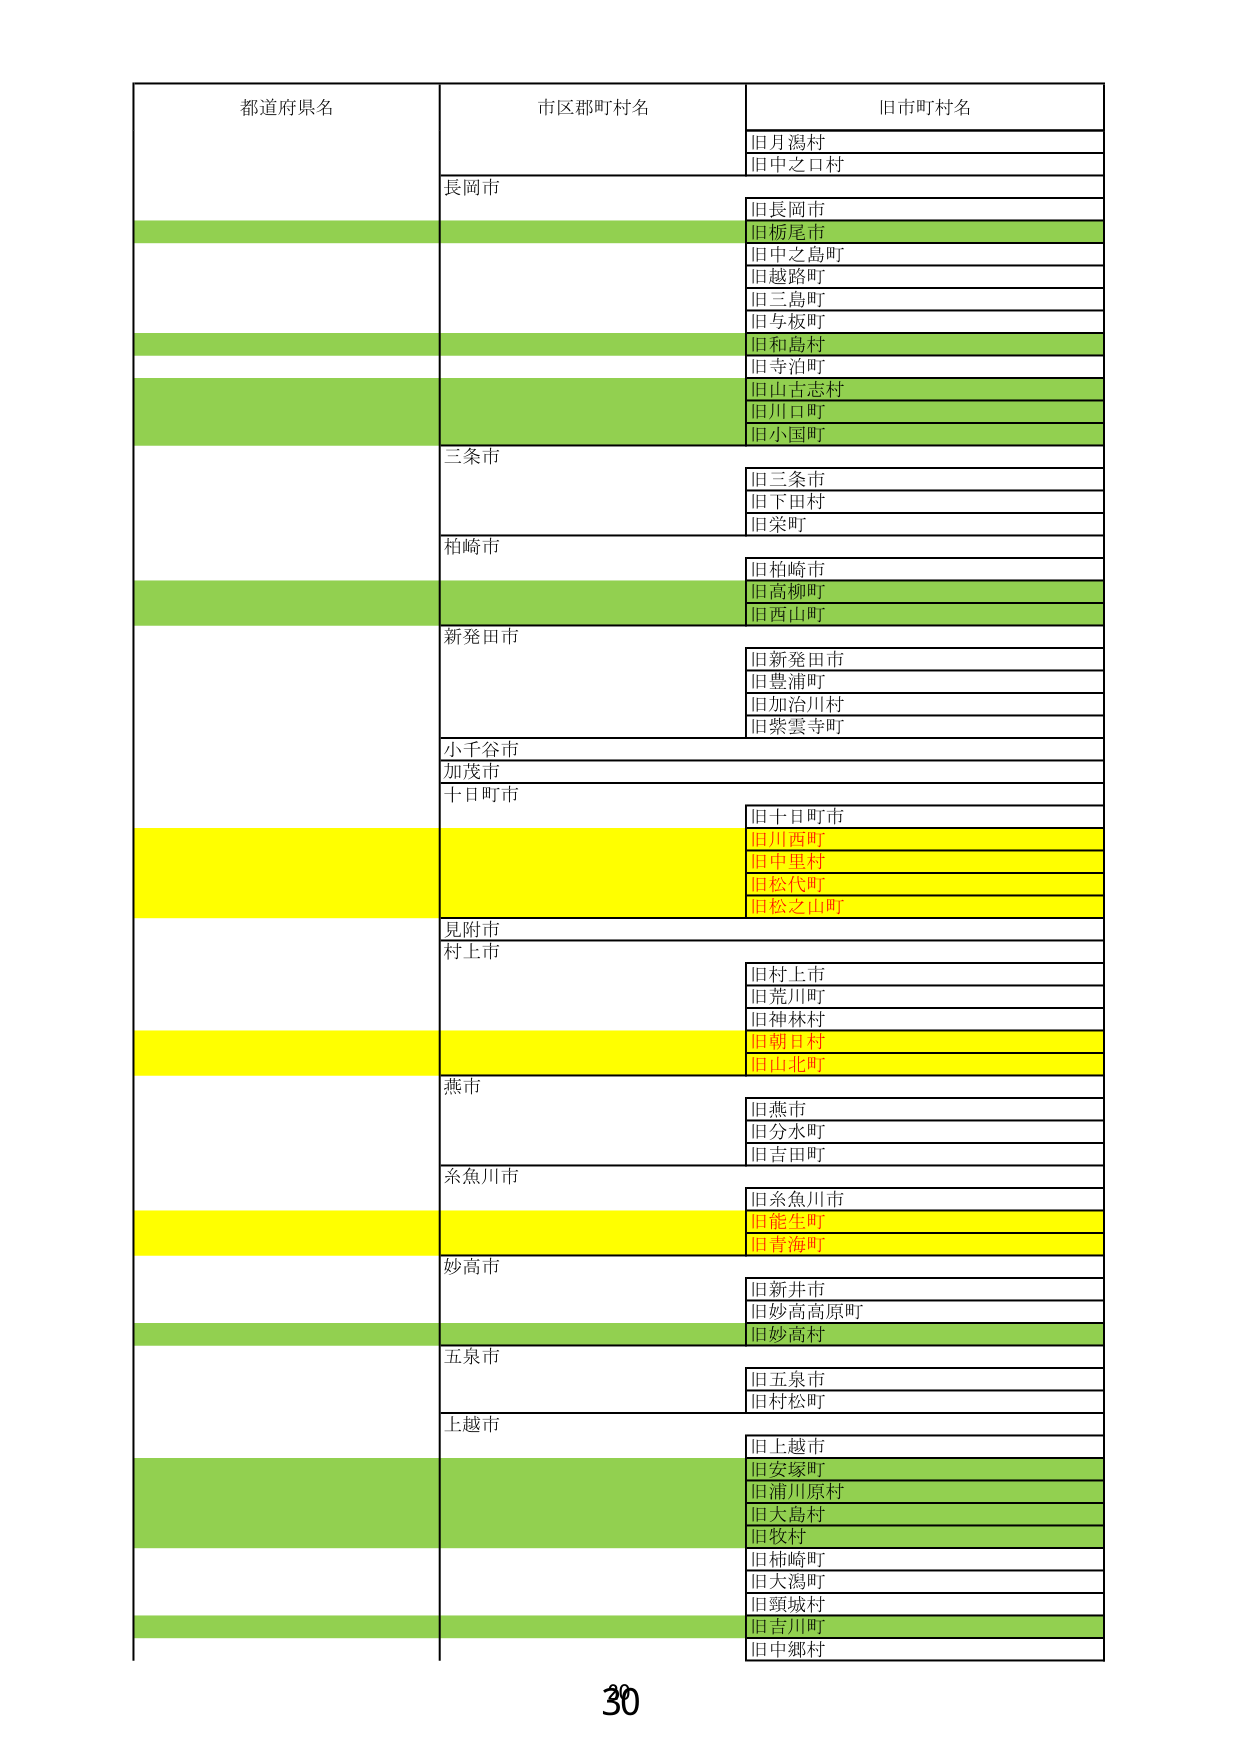
都道府県名
市区郡町村名
旧市町村名
旧月潟村
旧中之口村
長岡市
旧長岡市
旧栃尾市
旧中之島町
旧越路町
旧三島町
旧与板町
旧和島村
旧寺泊町
旧山古志村
旧川口町
旧小国町
三条市
旧三条市
旧下田村
旧栄町
柏崎市
旧柏崎市
旧高柳町
旧西山町
新発田市
旧新発田市
旧豊浦町
旧加治川村
旧紫雲寺町
小千谷市
加茂市
十日町市
旧十日町市
旧川西町
旧中里村
旧松代町
旧松之山町
見附市
村上市
旧村上市
旧荒川町
旧神林村
旧朝日村
旧山北町
燕市
旧燕市
旧分水町
旧吉田町
糸魚川市
旧糸魚川市
旧能生町
旧青海町
妙高市
旧新井市
旧妙高高原町
旧妙高村
五泉市
旧五泉市
旧村松町
上越市
旧上越市
旧安塚町
旧浦川原村
旧大島村
旧牧村
旧柿崎町
旧大潟町
旧頸城村
旧吉川町
旧中郷村
30